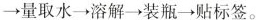
→量取水→溶解→装瓶→贴标签。